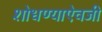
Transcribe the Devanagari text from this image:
शोधण्याऐवजी